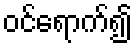
ဝင်ရောက်၍